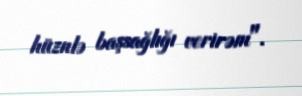
hüznlə başsağlığı verirəm".